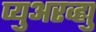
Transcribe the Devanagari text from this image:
प्युअरव्ह्यु